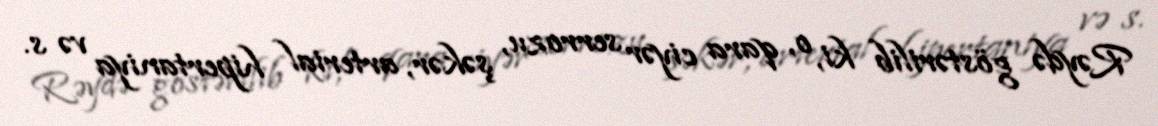
Rəydə göstərilib ki, o, qara ciyər serrozu, şəkər, arterial hipertaniya və s.